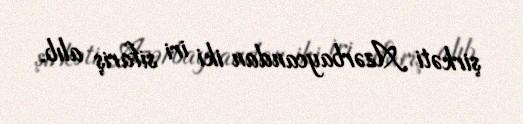
şirkəti Azərbaycandan iki iri sifariş alıb.